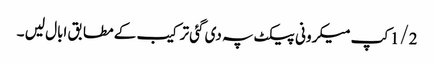
1/2کپ میکرونی پیکٹ پہ دی گئی ترکیب کے مطابق ابال لیں ۔